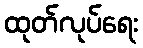
ထုတ်လုပ်ရေး